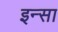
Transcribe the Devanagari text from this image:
इन्सा